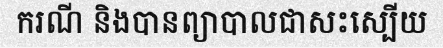
ករណី និងបានព្យាបាលជាសះស្បើយ